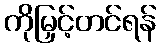
ကိုမြှင့်တင်ရန်